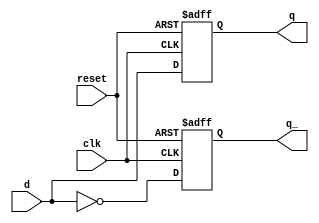
module d_flip_flop (
    input wire clk,
    input wire reset,
    input wire d,
    output reg q,
    output reg q_
);

// Create a latch to hold the current value
always @(posedge clk or posedge reset)
begin
    if (reset)
    begin
        q <= 1'b0;
        q_ <= 1'b1;
    end
    else
    begin
        q <= d;
        q_ <= ~d;
    end
end

endmodule